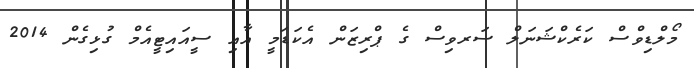
މޯލްޑިވްސް ކަރެކްޝަނަލް ސަރވިސް ގެ ޕްރިޒަން އެކަޑަމީ އާއި ސީއައިޓީއެމް ގުޅިގެން 2014